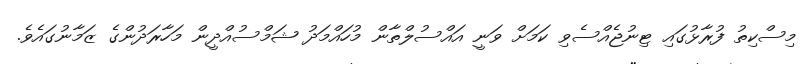
މިސްކިތު ފުރާޅުގައި ޓިނުޖެއްސެވި ކަމަށް ވަނީ އައްސުލްތާން މުހައްމަދު ޝަމްސުއްދީން މަހާރަދުންގެ ޒަމާނުގައެވެ.